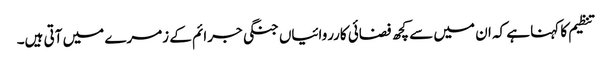
تنظیم کا کہنا ہے کہ ان میں سے کچھ فضائی کارروائیاں جنگی جرائم کے زمرے میں آتی ہیں۔